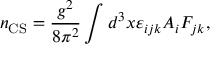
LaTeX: n _ { \mathrm { C S } } = { \frac { g ^ { 2 } } { 8 \pi ^ { 2 } } } \int d ^ { 3 } x \varepsilon _ { i j k } A _ { i } F _ { j k } ,